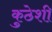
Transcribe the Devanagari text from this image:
कुठेशी